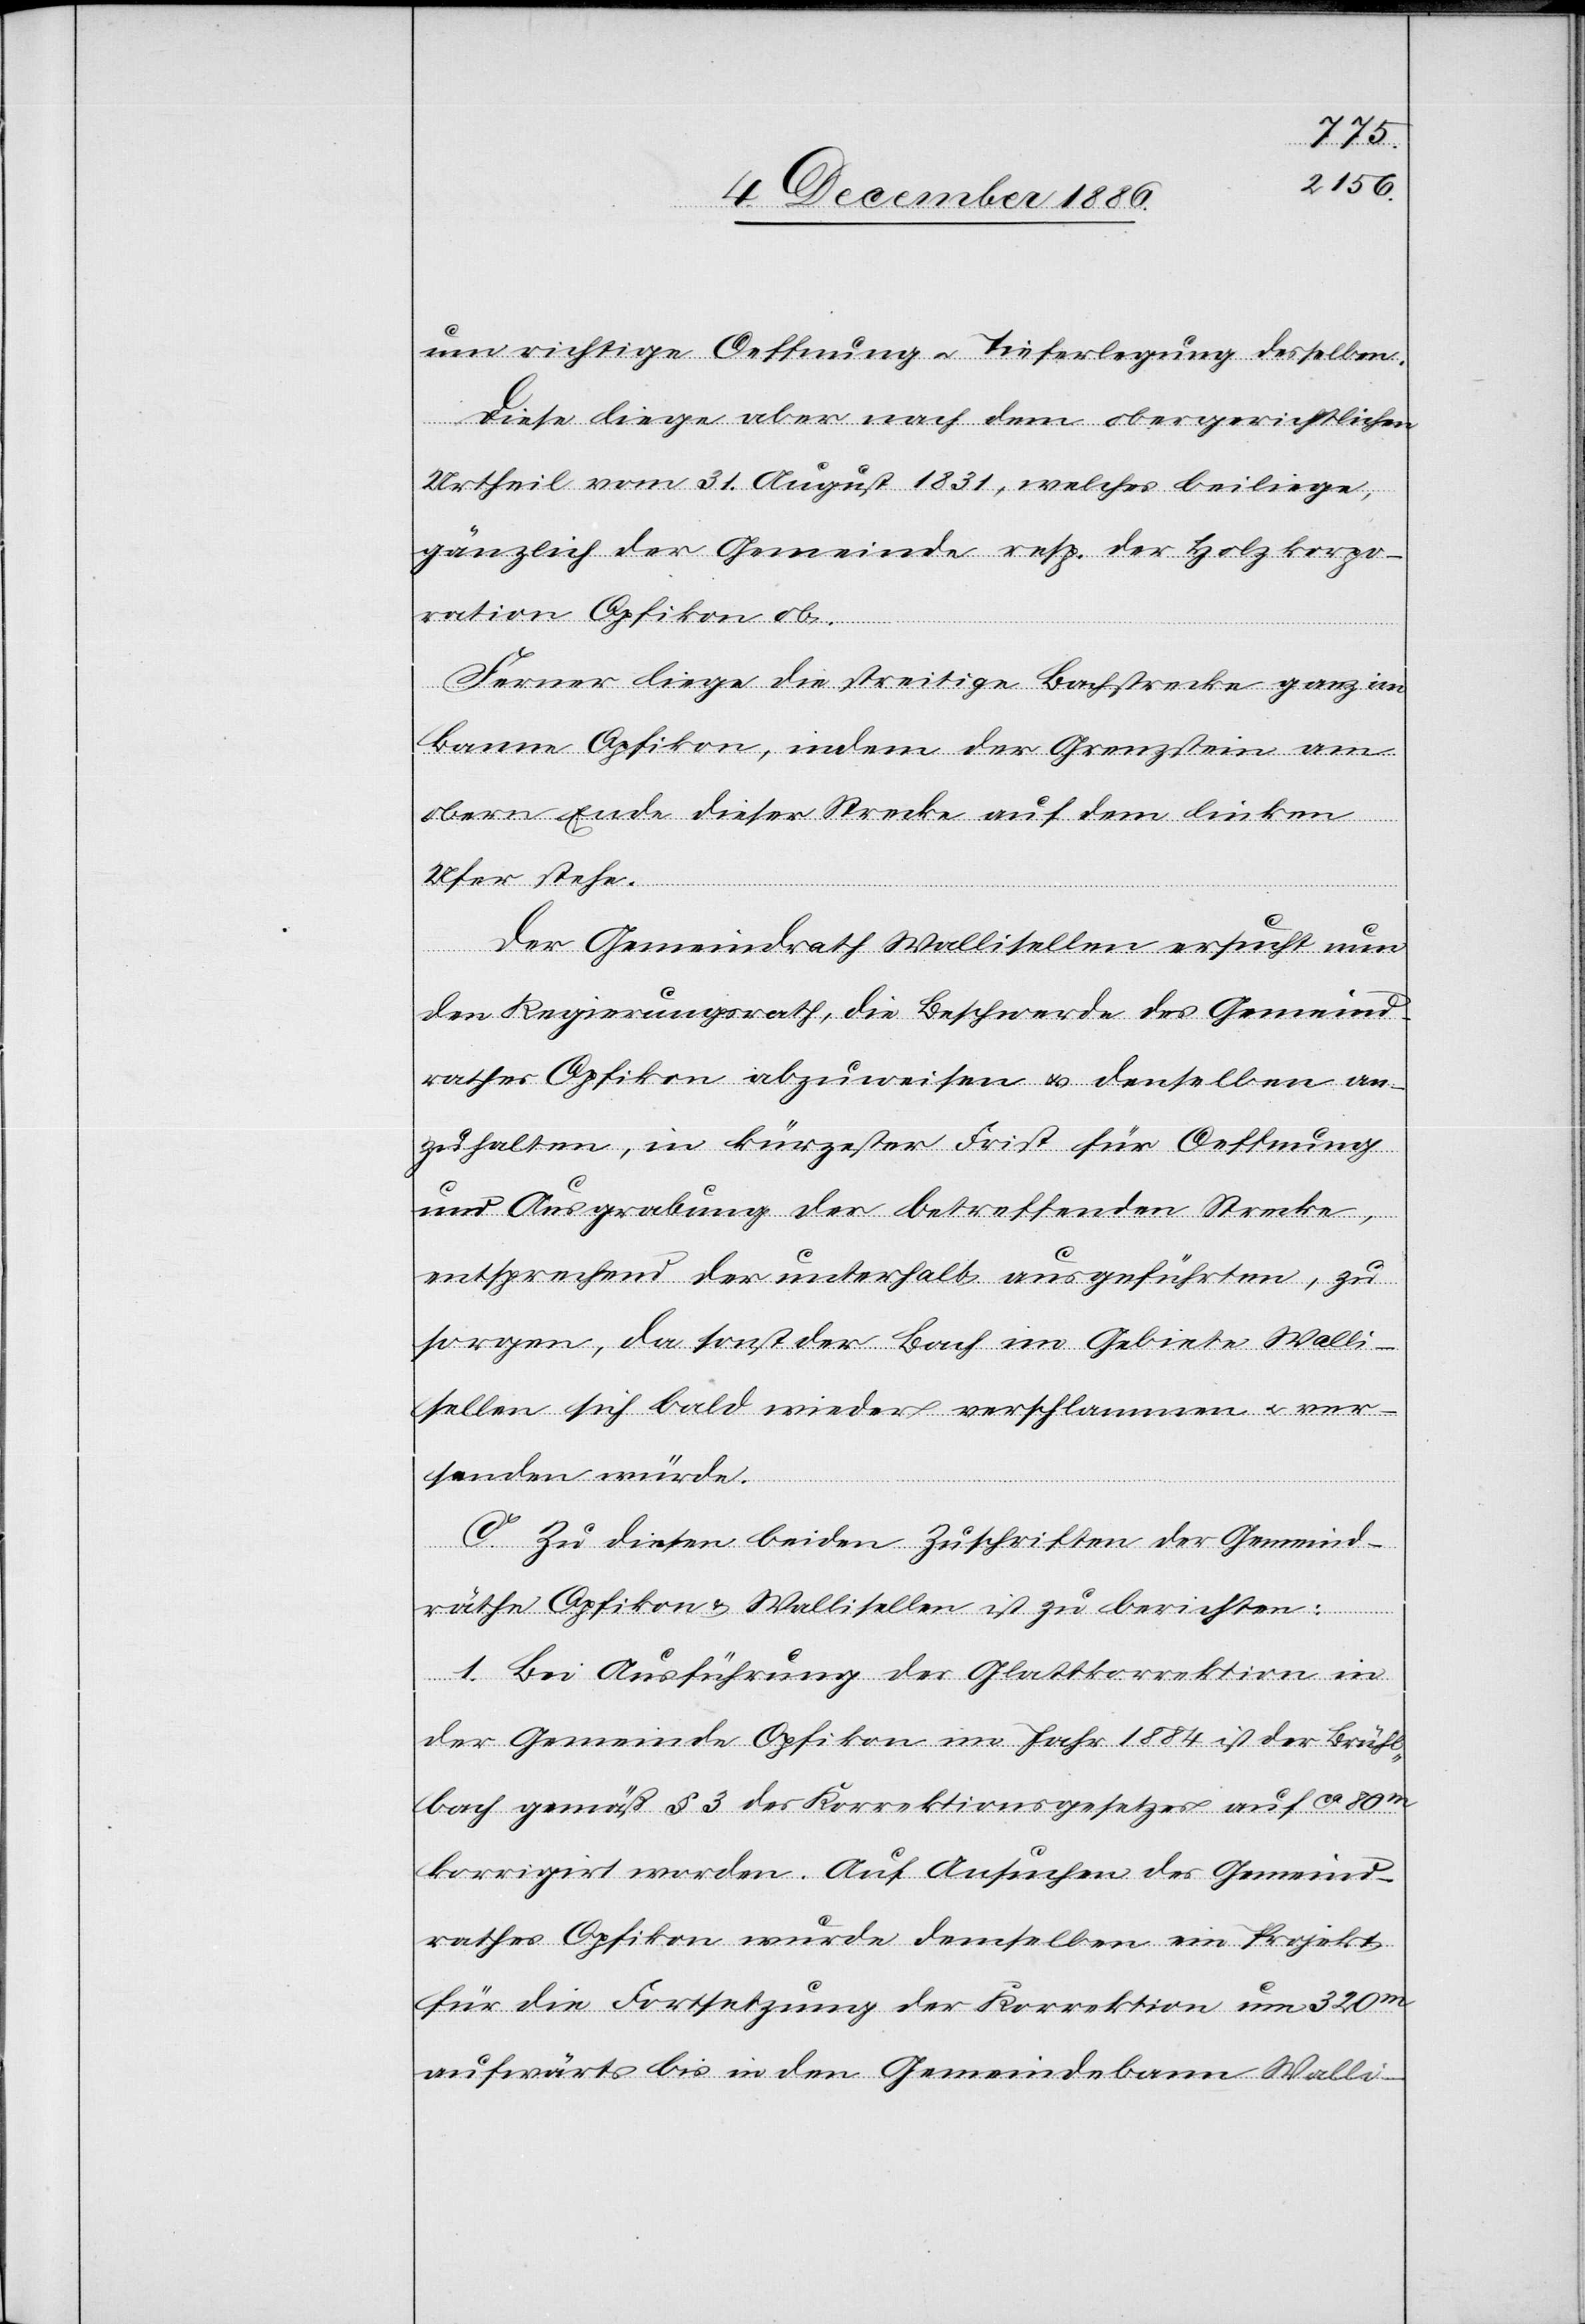
um richtige Oeffnung & Tieferlegung desselben.
Diese liege aber nach dem obergerichtlichen
Urtheil vom 31. August 1831, welches beiliege,
gänzlich der Gemeinde resp. der Holzkorpo¬
ration Opfikon ob.
Ferner liege die streitige Bachstrecke ganz im
Banne Opfikon, indem der Grenzstein am
obern Ende dieser Strecke auf dem linken
Ufer stehe.
Der Gemeindrath Wallisellen ersucht nun
den Regierungsrath, die Beschwerde des Gemeind¬
rathes Opfikon abzuweisen & denselben an¬
zuhalten, in kürzester Frist für Oeffnung
und Ausgrabung der betreffenden Strecke,
entsprechend der unterhalb ausgeführten, zu
sorgen, da sonst der Bach im Gebiete Walli¬
sellen sich bald wieder verschlammen & ver¬
sanden würde.
C. Zu diesen beiden Zuschriften der Gemeind¬
räthe Opfikon & Wallisellen ist zu berichten:
1. Bei Ausführung der Glattkorrektion in
der Gemeinde Opfikon im Jahr 1884 ist der Brühl¬
bach gemäß § 3 des Korrektionsgesetzes auf ca 80m
korrigirt worden. Auf Ansuchen des Gemeind¬
rathes Opfikon wurde demselben ein Projekt
für die Fortsetzung der Korrektion um 320m
aufwärts bis in den Gemeindebann Walli-